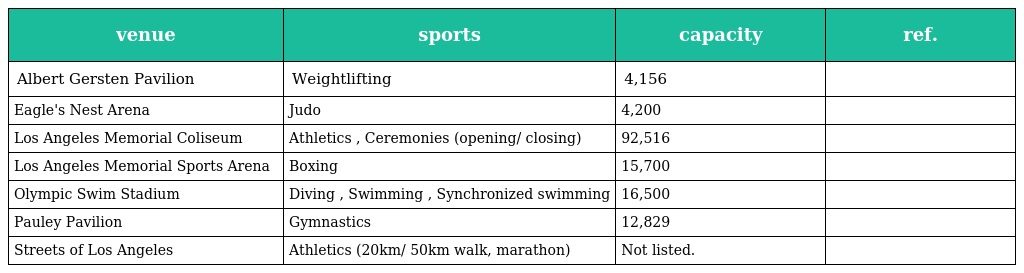
| venue | sports | capacity | ref. |
 | --- | --- | --- | --- |
 | Albert Gersten Pavilion | Weightlifting | 4,156 |  |
 | Eagle's Nest Arena | Judo | 4,200 |  |
 | Los Angeles Memorial Coliseum | Athletics , Ceremonies (opening/ closing) | 92,516 |  |
 | Los Angeles Memorial Sports Arena | Boxing | 15,700 |  |
 | Olympic Swim Stadium | Diving , Swimming , Synchronized swimming | 16,500 |  |
 | Pauley Pavilion | Gymnastics | 12,829 |  |
 | Streets of Los Angeles | Athletics (20km/ 50km walk, marathon) | Not listed. |  |